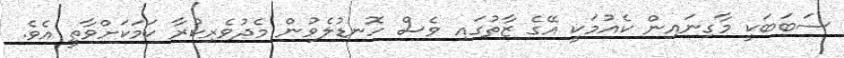
ސަބަބަކީ މާގިނައިން ކެއުމަކީ އޭގެ ޒާތުގައި ވެސް ހޮނޑުލެވުން މެދުވެރިކުރާ ކަމަކަށްވާތީ އެވެ.